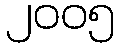
၂၀၀၅